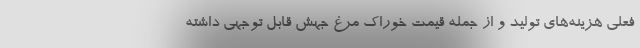
فعلی هزینه‌های تولید و از جمله قیمت خوراک مرغ جهش قابل توجهی داشته